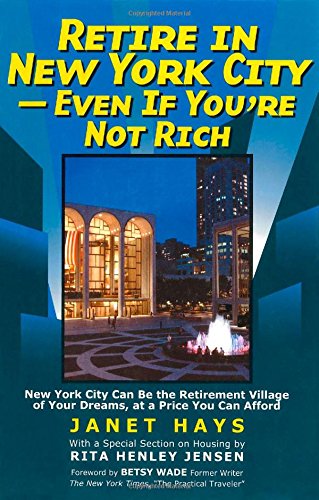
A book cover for Retire in New York City: Even if You're Not Rich; Janet Hays; Engineering & Transportation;